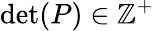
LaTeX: \operatorname*{det}(P)\in\mathbb{Z}^{+}